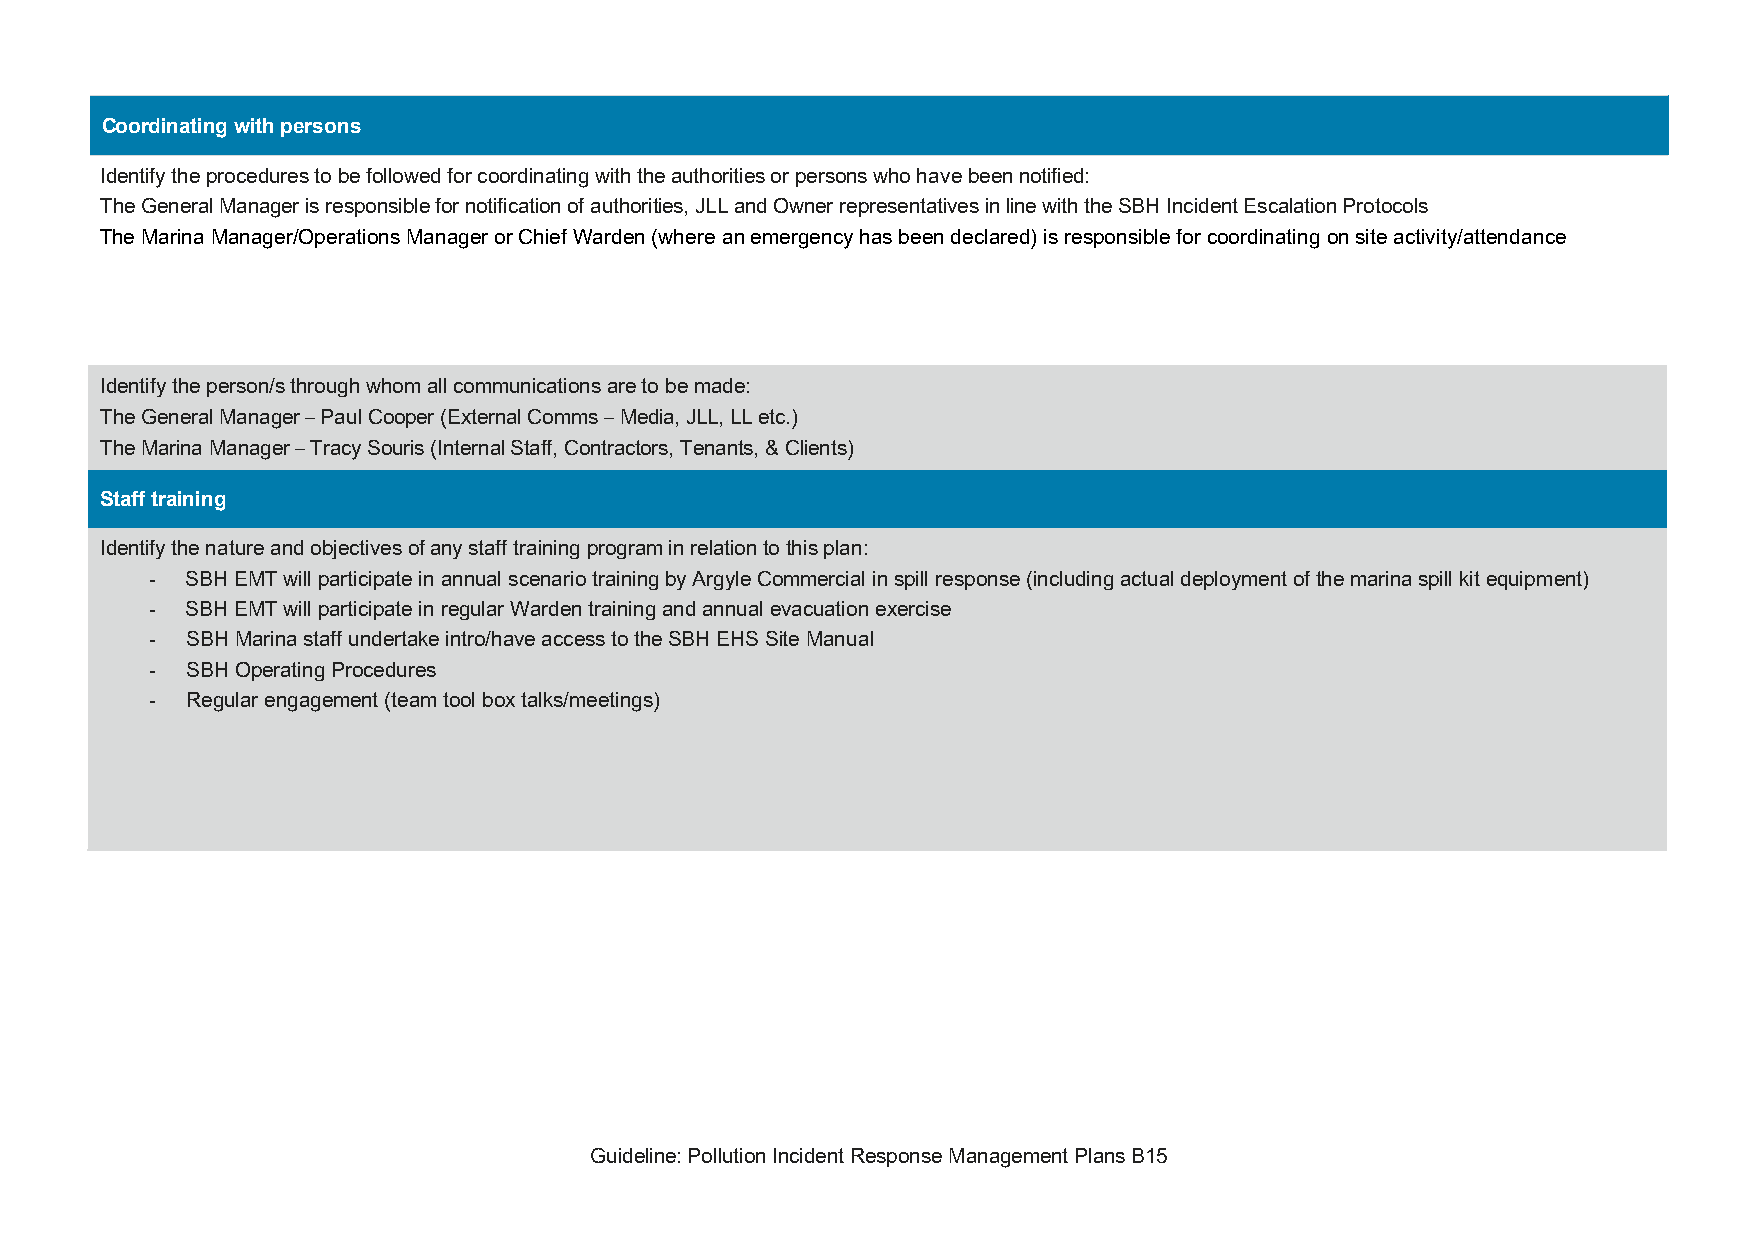
Coordinating with persons
 Identify the procedures to be followed for coordinating with the authorities or persons who have been notified:
 The General Manager is responsible for notification of authorities, JLL and Owner representatives in line with the SBH Incident Escalation Protocols
 The Marina Manager/Operations Manager or Chief Warden (where an emergency has been declared) is responsible for coordinating on site activity/attendance
 Identify the person/s through whom all communications are to be made:
 The General Manager – Paul Cooper (External Comms – Media, JLL, LL etc.)
 The Marina Manager – Tracy Souris (Internal Staff, Contractors, Tenants, & Clients)
 Staff training
 Identify the nature and objectives of any staff training program in relation to this plan:
 - SBH EMT will participate in annual scenario training by Argyle Commercial in spill response (including actual deployment of the marina spill kit equipment)
 - SBH EMT will participate in regular Warden training and annual evacuation exercise
 - SBH Marina staff undertake intro/have access to the SBH EHS Site Manual
 - SBH Operating Procedures
 - Regular engagement (team tool box talks/meetings)
 Guideline: Pollution Incident Response Management Plans B15